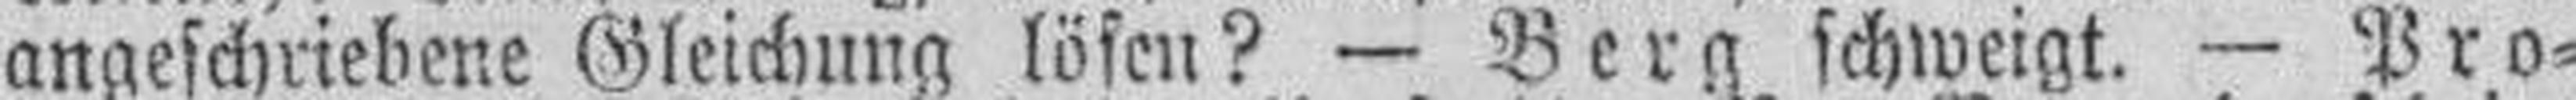
angeschriebene Gleichung lösen? — Berg schweigt. — Pro¬